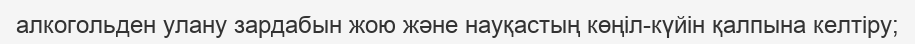
алкогольден улану зардабын жою және науқастың көңіл-күйін қалпына келтіру;